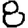
Digit: 8